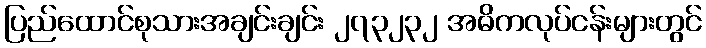
ပြည်ထောင်စုသားအချင်းချင်း ၂၇၃၂၃၂ အဓိကလုပ်ငန်းများတွင်